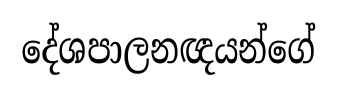
දේශපාලනඥයන්ගේ